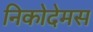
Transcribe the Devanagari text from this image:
निकोदेमस